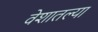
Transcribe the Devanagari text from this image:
वेशातल्या